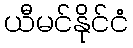
ယီမင်နိုင်ငံ